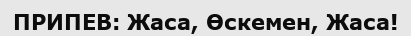
ПРИПЕВ: Жаса, Өскемен, Жаса!